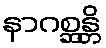
နာဂစ္ဆန္တိ